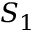
S _ { 1 }